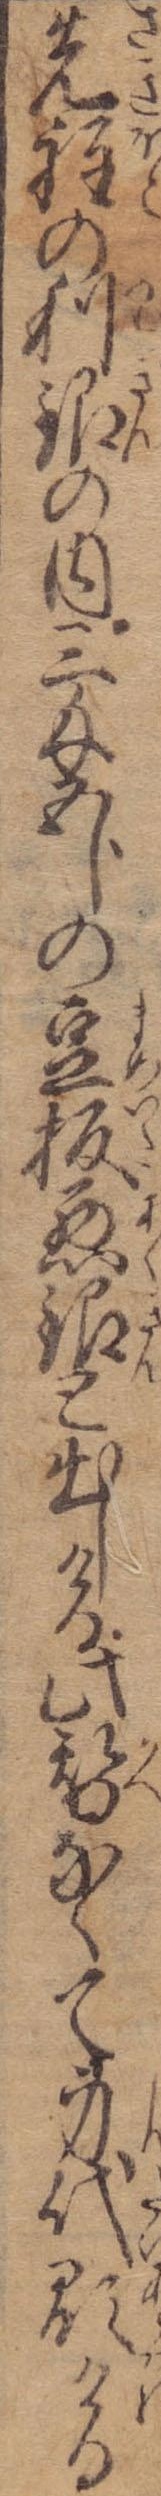
先程の利銀の内三匁五分の豆板悪銀と出しける此替なくて身代顕ける